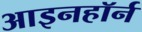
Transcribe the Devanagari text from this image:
आइनहॉर्न